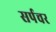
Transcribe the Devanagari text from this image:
सर्पचर